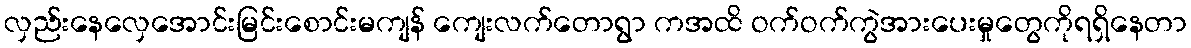
လှည်းနေလှေအောင်းမြင်းစောင်းမကျန် ကျေးလက်တောရွာ ကအထိ ဝက်ဝက်ကွဲအားပေးမှုတွေကိုရရှိနေတာ